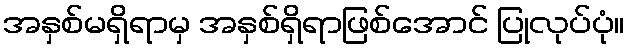
အနှစ်မရှိရာမှ အနှစ်ရှိရာဖြစ်အောင် ပြုလုပ်ပုံ။